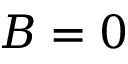
B = 0